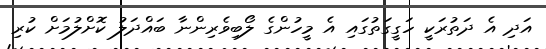
އަދި އެ ދަތުރަކީ ހަގީގަތުގައި އެ މީހުންގެ ލޯބިވެރިންނާ ބައްދަލު ކޮށްލުމަށް ކުރި